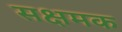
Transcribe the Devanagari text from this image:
सक्षमक